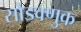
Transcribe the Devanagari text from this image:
सोडवणुक